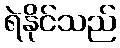
ရဲနိုင်သည်